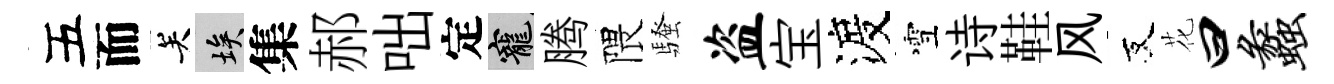
五而关埃集郝咄定寵腾隈騷盗宝渡雪诗鞋风友花曰蠡